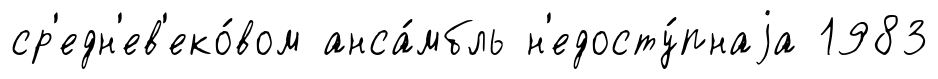
ср'едн'ев'еко́вом анса́мбль н'едосту́пнаjа 1983